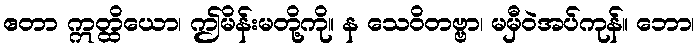
ဧတာ ဣတ္ထိယော၊ ဤမိန်းမတို့ကို။ န သေဝိတဗ္ဗာ၊ မမှီဝဲအပ်ကုန်။ ဘော၊